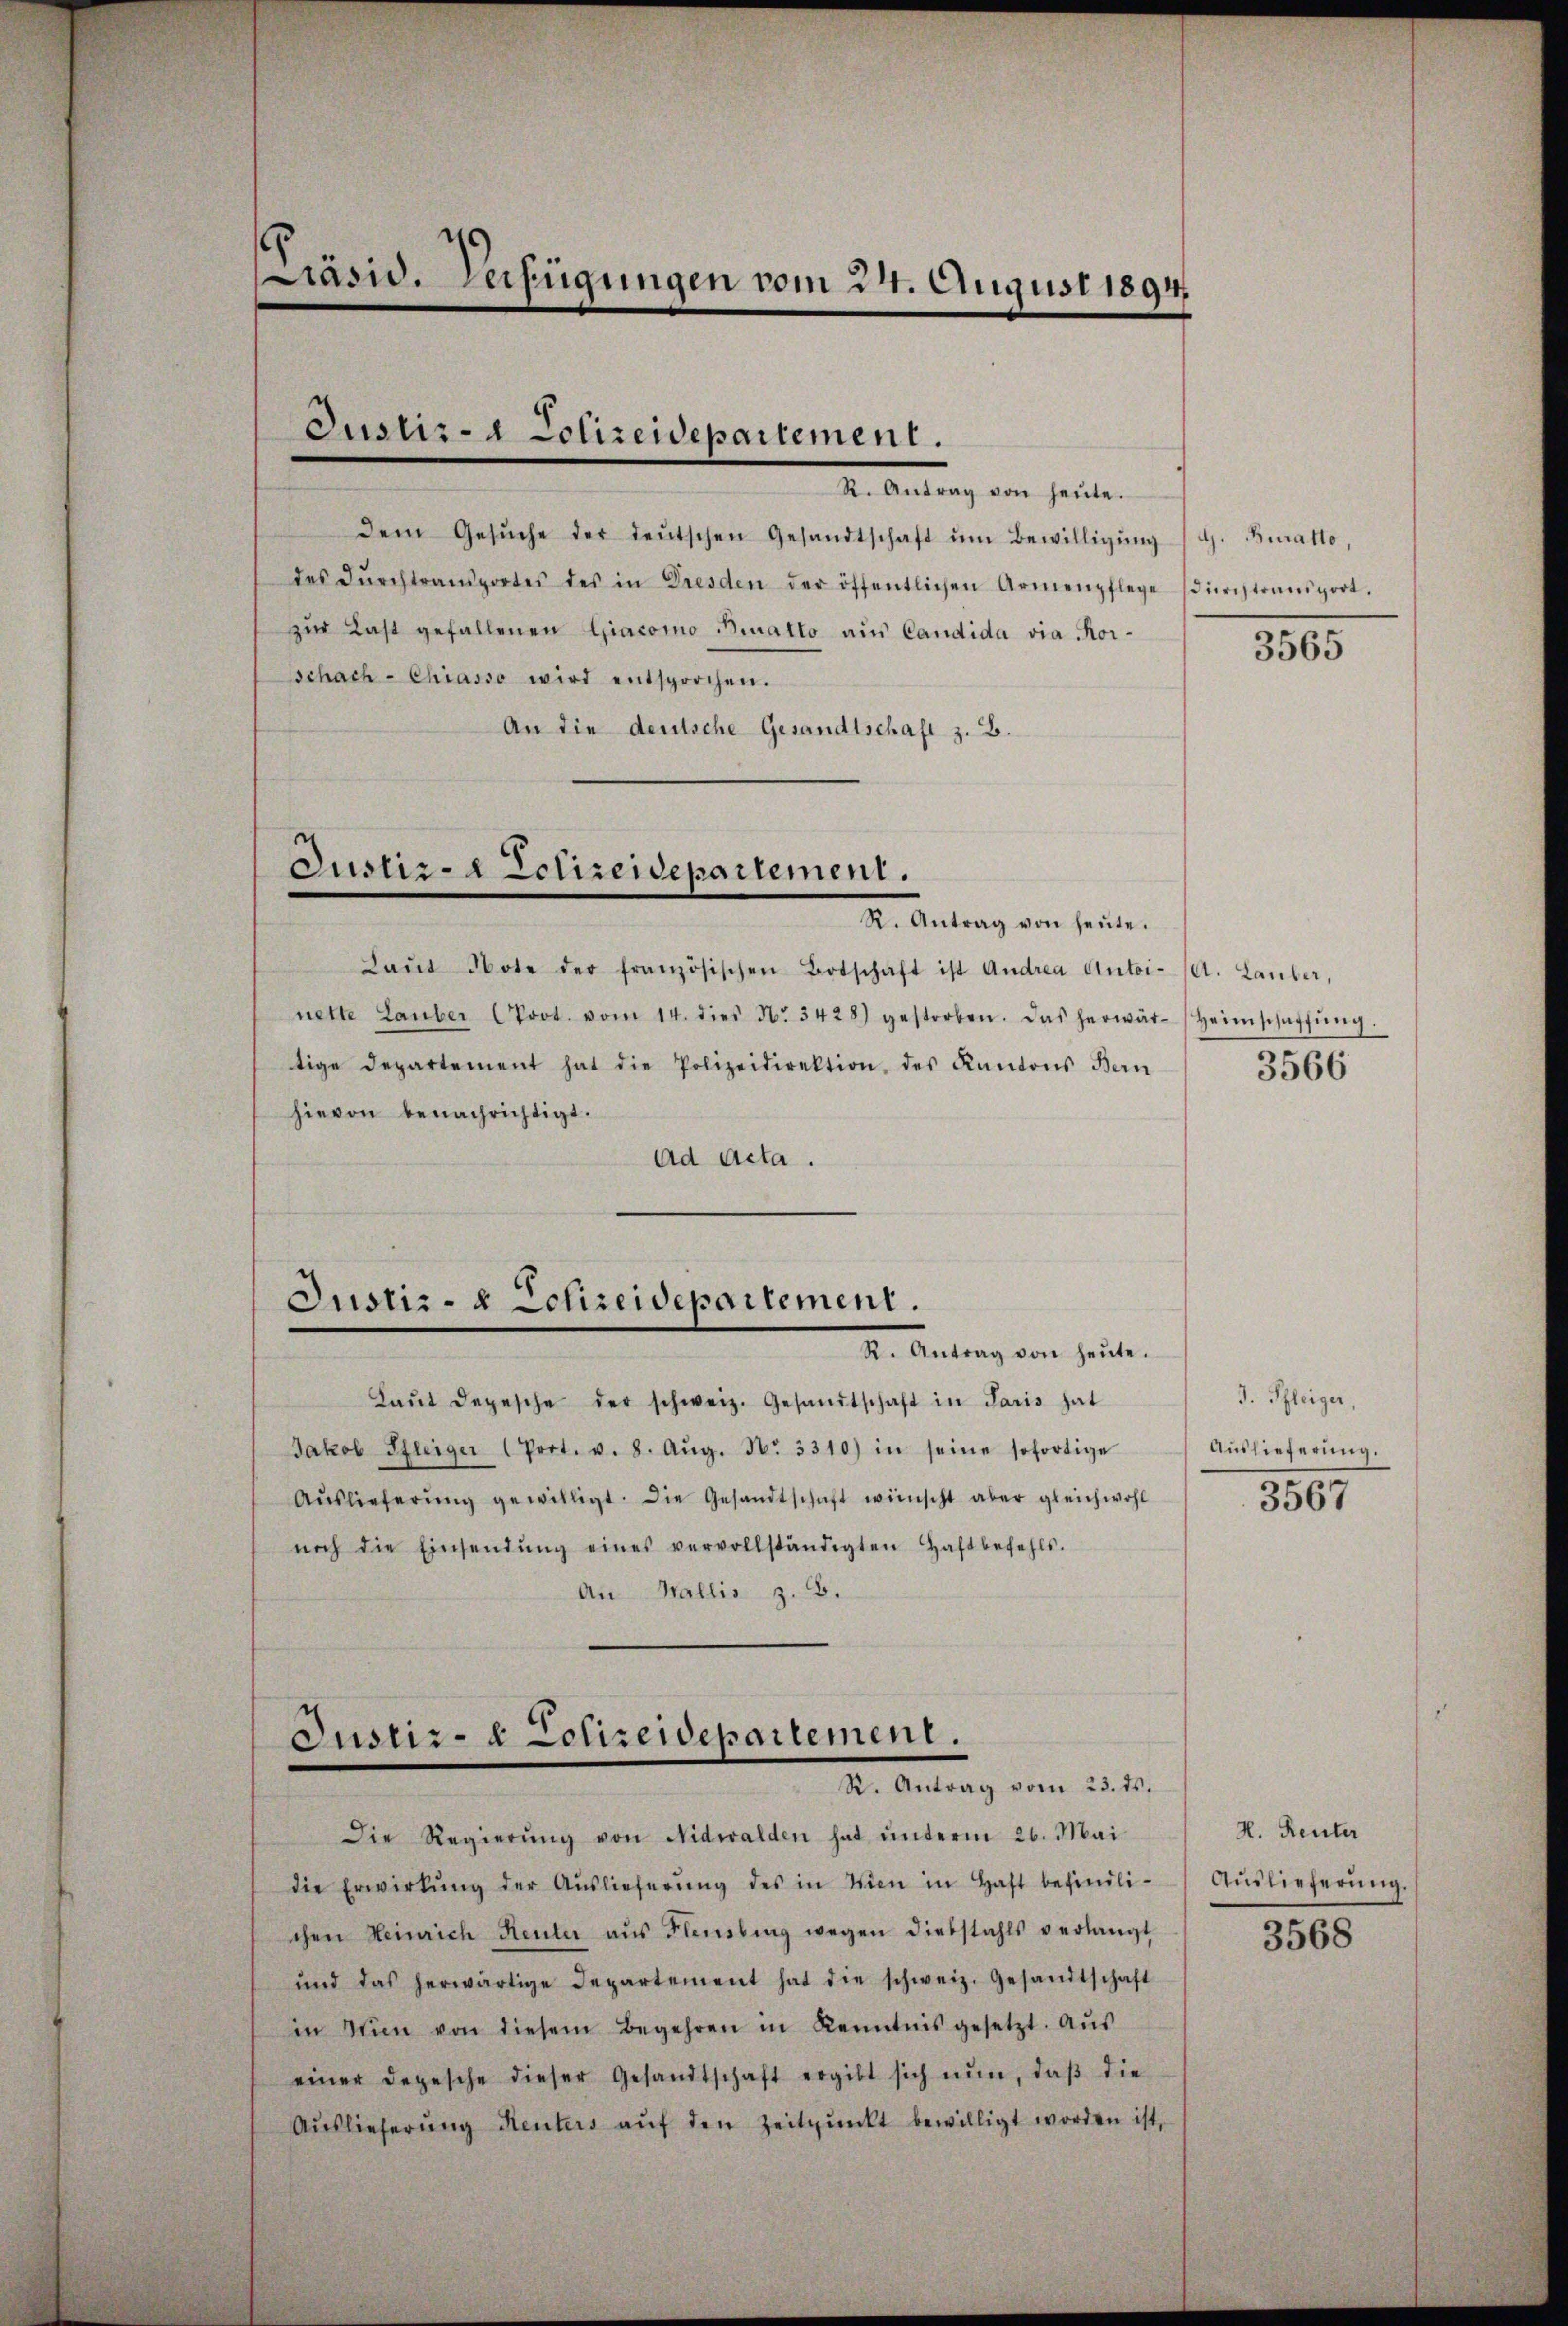
Präsid. Verfügungen vom 24. August 1894

Justiz- & Polizeidepartement.

R. Antrag von heŭte.
dem Gesŭche der deŭtschen Gesandtschaft ŭm Bewilligŭng (d. Kurato,
des dŭrchtransportes des in Dresden der öffentlichen Armenpflege Puristransport.
zŭr Last gefallenen Giacomo Bratto aus Candida via Korschach-Chiasso wird entsprochen.
An die deutsche Gesandtschaft z. B.

Justiz- Eclizeidepartement.

Justiz- & Schireidepartement.
I. Antrag von heute.

Laŭt depesche der schweiz. Gesandtschaft in Paris hat
Jakob Pfleiger (Prot. v. 8. Aŭg. Nr. 3310) in seine sofortige
Aŭslieferŭng gewilligt. Die Gesandtschaft wünscht aber gleichwohl
noch die Einsendŭng eines vervollständigten Haftbefehls.
An Wallis z. B.

Justiz- & Polizeidepartement.
R. Antrag vom 23. ds.

Dr. Antrag von heute.
Laŭt Note der französischen Botschaft ist Andrea Antoi-/A. Lauber,
nette Lauber Prot. vom 14. dies No. 3428) gestorben. Das herwär-Heimschaffŭng.
tige Departement hat die Polizeidirektion des Kantons Bern
hievon benachrichtigt.
Ad Acta.

Die Regierŭng von Nidwalden hat, ŭnterm 26. Mai
die Erwirkŭng der Auslieferŭng des in Wien in Haft befindli-
chen Heinrich Reuter aŭs Flensberg wegen diebstahls verlangt
und das herwärtige Departement hat die schweiz. Gesandtschaft
in Wien von diesem Begehren in Kenntnis gesetzt. Aŭs
einer Depesche dieser Gesandtschaft ergibt sich nŭn, daβ die
Aŭslieferŭng Renters aŭf den Zeitpŭnkt bewilligt worden ist,

3565

3566

3. Pfleiger,
Auslieferung.
3567

H. Renter
Auslieferung.

3568